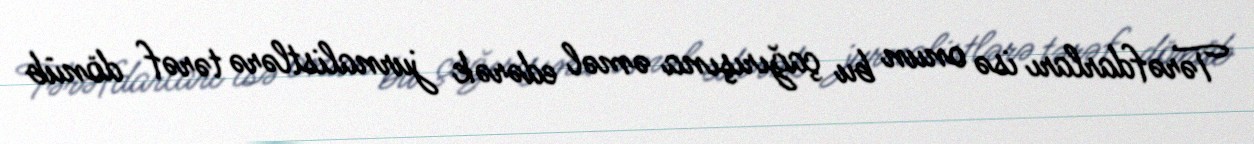
Tərəfdarları isə onun bu çağırışına əməl edərək jurnalistlərə tərəf dönüb